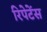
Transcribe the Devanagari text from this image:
रिपेटेंस